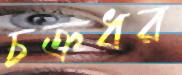
চক্রধর